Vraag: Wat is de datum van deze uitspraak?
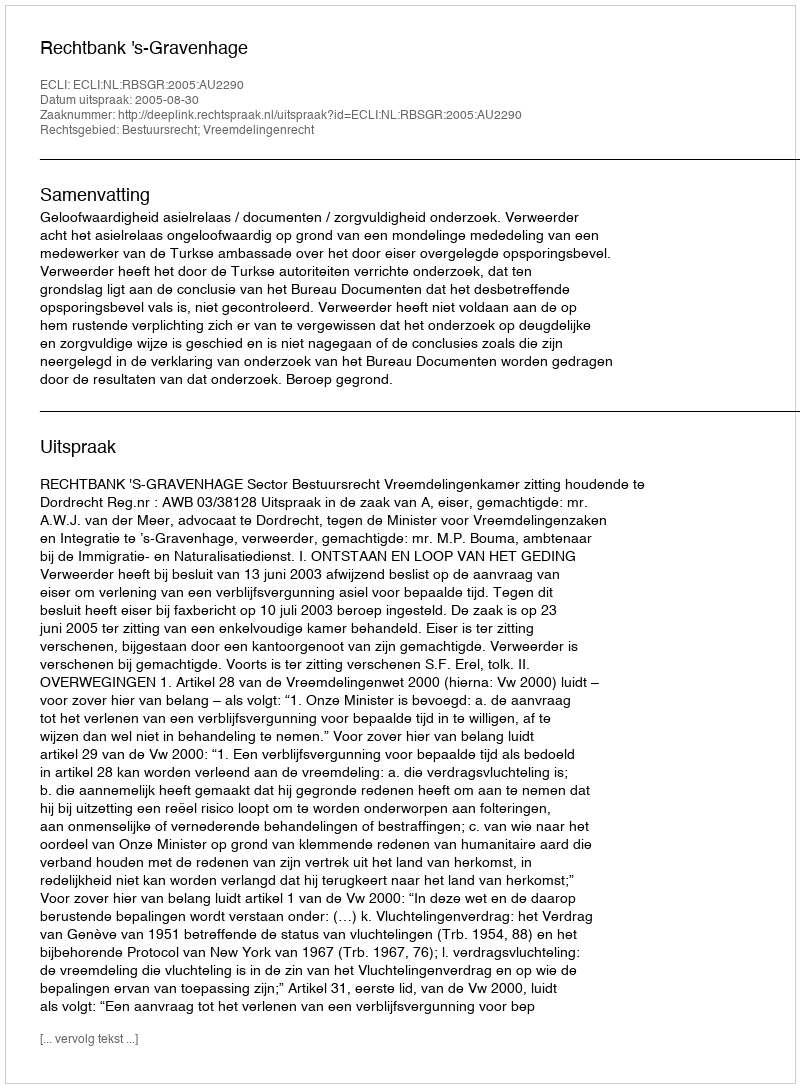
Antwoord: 2005-08-30